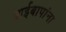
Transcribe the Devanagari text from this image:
आईबापांना